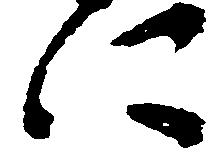
に